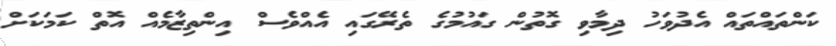
ކަންތައްތައް އެދުވަހު ދިމާވި ގޮތުން ގައުމުގެ ތެރޭގައި އެއްވެސް އިންތިޒާމެއް އޮތް ކަމަކަށް